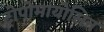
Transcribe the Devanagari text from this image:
ट्रोपोमायोसिन